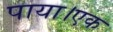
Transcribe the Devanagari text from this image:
पाया।एक